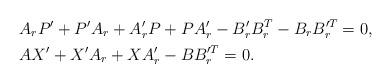
LaTeX: \begin{align*}& A_r P'+P' A_r +A_r' P+PA'_r-B_r'B_r^T-B_rB'^{T}_r =0, \\& AX'+X'A_r+XA_r'-BB_r'^T =0. \end{align*}